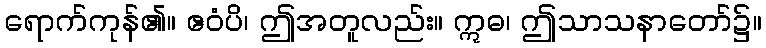
ရောက်ကုန်၏။ ဧဝံပိ၊ ဤအတူလည်း။ ဣဓ၊ ဤသာသနာတော်၌။